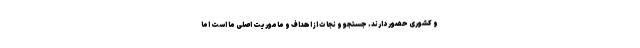
و کشوری حضور دارند. جستجو و نجات از اهداف و ماموریت اصلی ما است اما